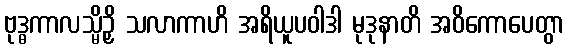
ဗုဒ္ဓကာလသ္မိဉှိ သလာကာဟိ အရိယူပဝါဒါ မုဒုနာတိ အဝိကောပေတွာ